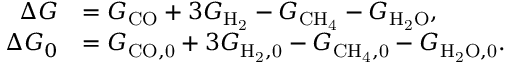
\begin{array} { r l } { \Delta G } & { = G _ { \mathrm { C O } } + 3 G _ { \mathrm { H _ { 2 } } } - G _ { \mathrm { C H _ { 4 } } } - G _ { \mathrm { H _ { 2 } O } } , } \\ { \Delta G _ { 0 } } & { = G _ { \mathrm { C O , 0 } } + 3 G _ { \mathrm { H _ { 2 } , 0 } } - G _ { \mathrm { C H _ { 4 } , 0 } } - G _ { \mathrm { H _ { 2 } O , 0 } } . } \end{array}